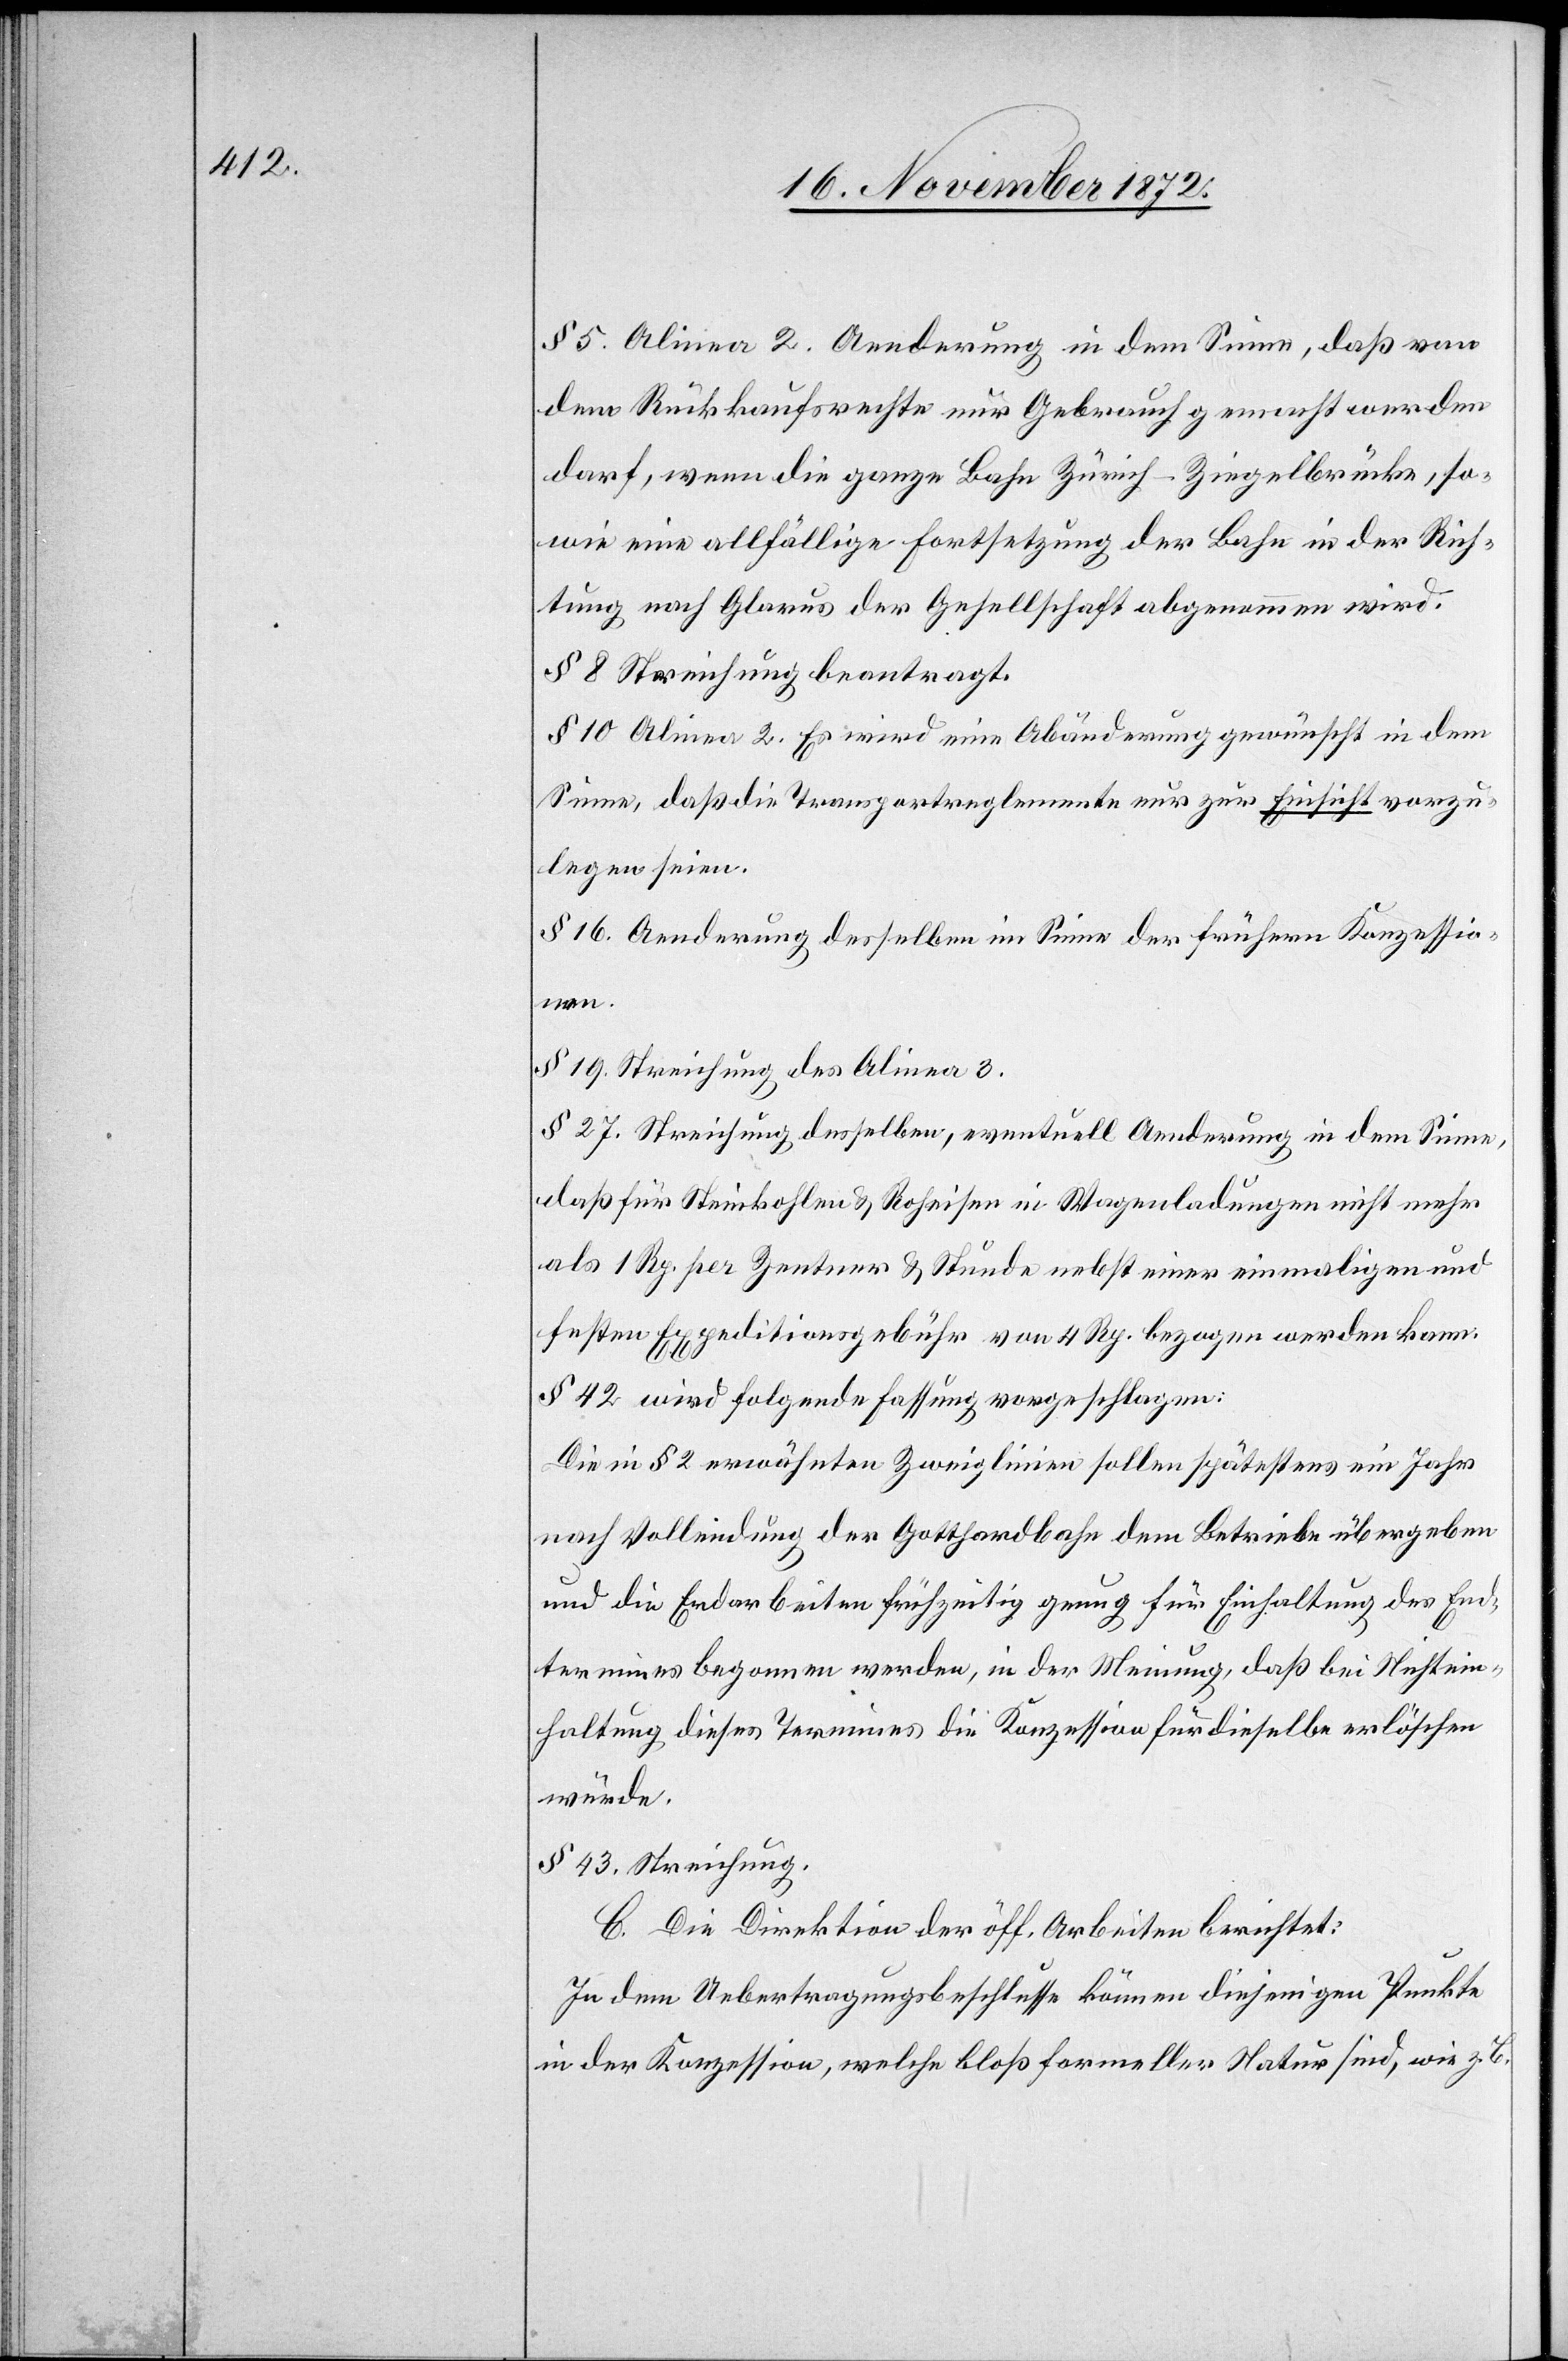
§ 5. Alinea 2. Aenderung in dem Sinne, daß von
dem Rückkaufsrechte nur Gebrauch gemacht werden
darf, wenn die ganze Bahn Zürich–Ziegelbrücke, so¬
wie eine allfällige Fortsetzung der Bahn in der Rich¬
tung nach Glarus der Gesellschaft abgenommen wird.
§ 8. Streichung beantragt.
§ 10. Alinea 2. Es wird eine Abänderung gewünscht in dem
Sinne, daß die Transportreglemente nur zur Einsicht vorzu¬
legen seien.
§ 16. Aenderung desselben im Sinne der frühern Konzessio¬
nen.
§ 19. Streichung des Alinea 3.
§ 27. Streichung desselben, eventuell Aenderung in dem Sinne,
daß für Steinkohlen u. Roheisen in Wagenladungen nicht mehr
als 1 Rp. per Zentner u. Stunde nebst einer einmaligen und
festen Expeditionsgebühr von 4 Rp. bezogen werden kann.
§ 42. wird folgende Fassung vorgeschlagen:
Die in § 2 erwähnten Zweiglinien sollen spätestens ein Jahr
nach Vollendung der Gotthardbahn dem Betriebe übergeben
und die Erdarbeiten frühzeitig genug für Einhaltung des End¬
termines begonnen werden, in der Meinung, daß bei Nichtein¬
haltung dieses Termines die Konzession für dieselbe erlöschen
würde.
§ 43. Streichung.
C. Die Direktion der öff. Arbeiten berichtet:
In dem Uebertragungsbeschlusse können diejenigen Punkte
in der Konzession, welche bloß formeller Natur sind, wie z. B.